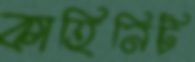
কাহিনিটি